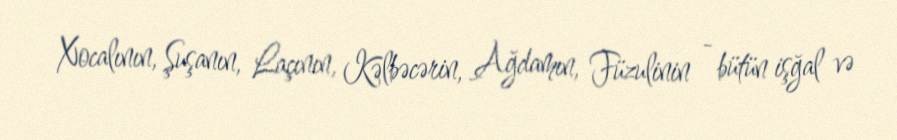
Xocalının, Şuşanın, Laçının, Kəlbəcərin, Ağdamın, Füzulinin - bütün işğal və